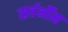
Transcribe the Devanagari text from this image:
सर्वर्भौम